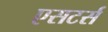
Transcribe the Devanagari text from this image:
एसटर्स